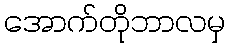
အောက်တိုဘာလမှ